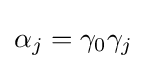
{\textstyle \alpha _{j}=\gamma _{0}\gamma _{j}}